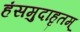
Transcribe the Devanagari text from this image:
हंसमुदाहृतम्